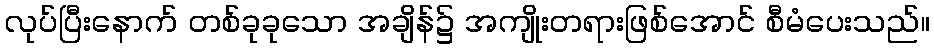
လုပ်ပြီးနောက် တစ်ခုခုသော အချိန်၌ အကျိုးတရားဖြစ်အောင် စီမံပေးသည်။